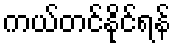
ကယ်တင်နိုင်ရန်